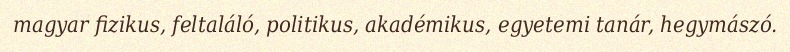
magyar fizikus, feltaláló, politikus, akadémikus, egyetemi tanár, hegymászó.